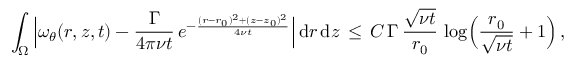
\int _ { \Omega } \, \Bigl | \omega _ { \theta } ( r , z , t ) - \frac { \Gamma } { 4 \pi \nu t } \, e ^ { - \frac { ( r - r _ { 0 } ) ^ { 2 } + ( z - z _ { 0 } ) ^ { 2 } } { 4 \nu t } } \Bigr | \, \mathrm { d } r \, \mathrm { d } z \, \le \, C \, \Gamma \, \frac { \sqrt { \nu t } } { r _ { 0 } } \, \log \Bigl ( \frac { r _ { 0 } } { \sqrt { \nu t } } + 1 \Bigr ) \, ,